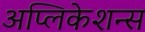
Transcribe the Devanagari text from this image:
अप्लिकेशन्स